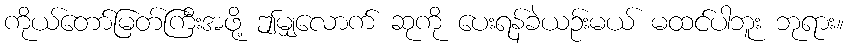
ကိုယ်တော်မြတ်ကြီးအဖို့ ဤမျှလောက် ဆုကို ပေးရန်ခဲယဉ်းမယ် မထင်ပါဘူး ဘုရား။